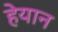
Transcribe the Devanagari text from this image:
हेयान